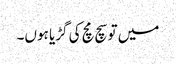
میں تو سچ مچ کی گڑیا ہوں۔